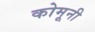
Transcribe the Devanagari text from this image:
कोमूनी